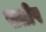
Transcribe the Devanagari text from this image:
सतीष